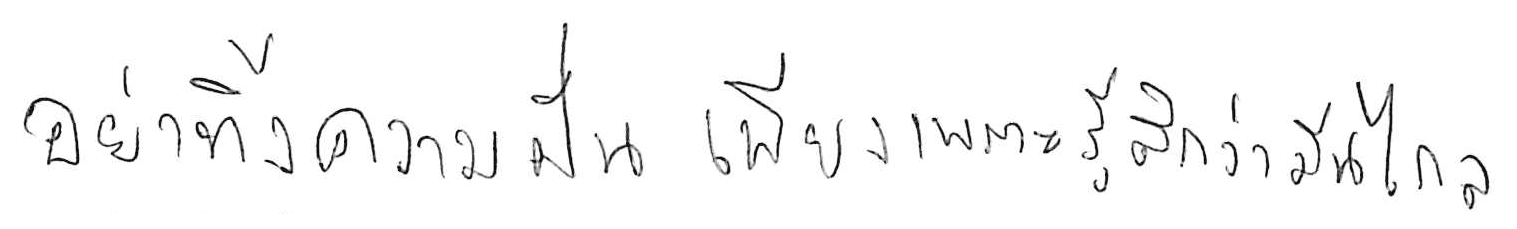
อย่าทิ้งความฝัน เพียงเพราะรู้สึกว่ามันไกล